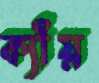
ক্যাঁয়